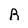
Character: B